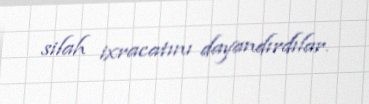
silah ixracatını dayandırdılar.